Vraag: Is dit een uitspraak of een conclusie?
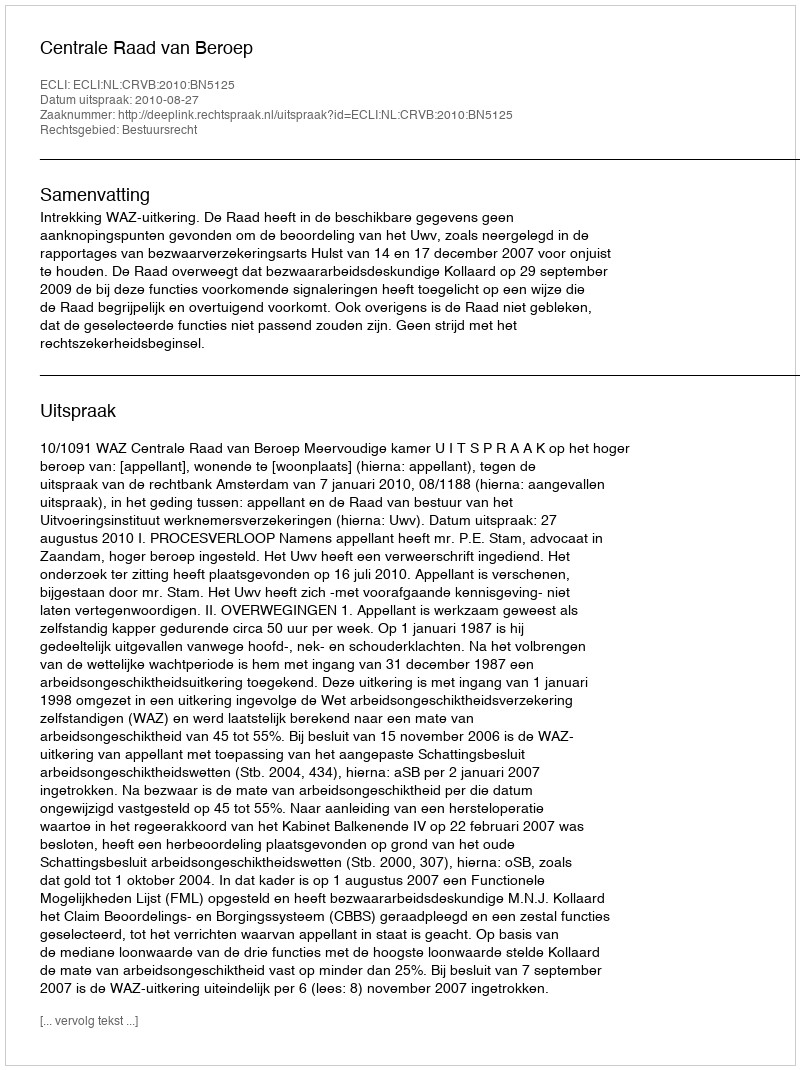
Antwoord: Uitspraak